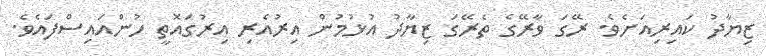
ޒިޔާދު ކައިރިއަށެވެ. ރޭގަ ވާރޭގެ ތެރޭގަ ޒިޔާދު އުޅުމުން އިރުއެރި އިރުގައޮތީ ހުންއައިސްފައެވެ.